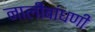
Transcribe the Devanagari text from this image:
नालीबांधणी